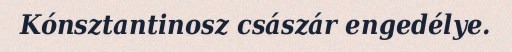
Kónsztantinosz császár engedélye.